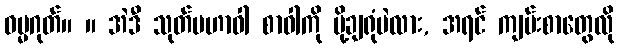
ဓမ္မဂုတ်။ ။ အဲဒီ သုတ်မဟာဝါ စာဝါကို ပို့ချရုံပဲလား, အရင် ကျမ်းစာတွေလို